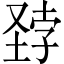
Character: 𪣽